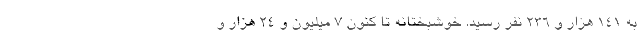
به ۱۴۱ هزار و ۲۳۶ نفر رسید. خوشبختانه تا کنون ۷ میلیون و ۲۴ هزار و